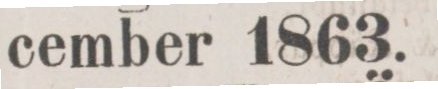
cember 1863.